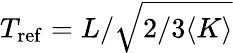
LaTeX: T_{\mathrm{ref}}=L/\sqrt{2/3\langle K\rangle}